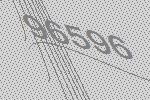
96596